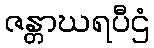
ဇန္တာဃရပီဌံ